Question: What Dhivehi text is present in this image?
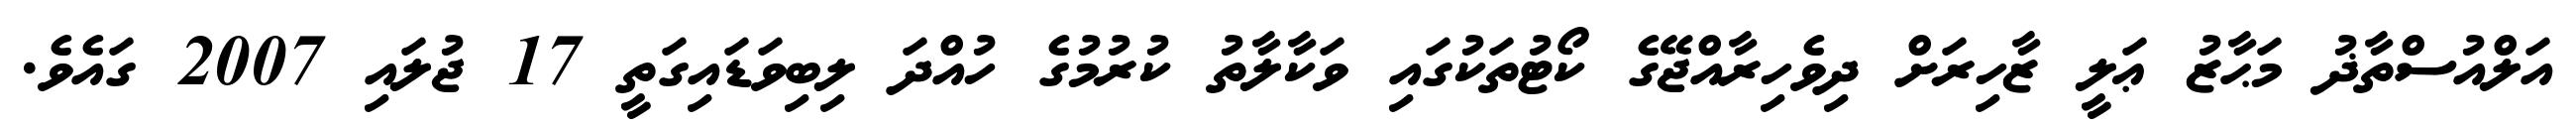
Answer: އަލްއުސްތާޛު މަޙާޒު ޢަލީ ޒާހިރަށް ދިވެހިރާއްޖޭގެ ކޯޓުތަކުގައި ވަކާލާތު ކުރުމުގެ ހުއްދަ ލިބިވަޑައިގަތީ 17 ޖުލައި 2007 ގައެވެ.